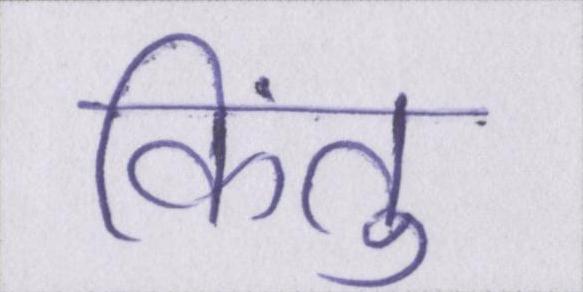
किंतु